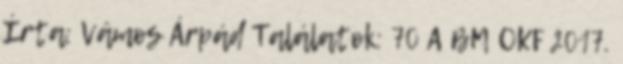
Írta: Vámos Árpád Találatok: 70 A BM OKF 2017.